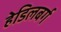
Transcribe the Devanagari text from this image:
हेडिलबर्ग